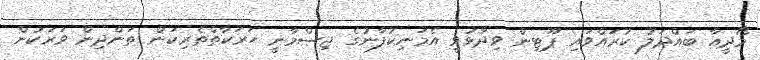
މޯދީއާ ބައްދަލު ކުރައްވައި ޕޫޓިން ވިދާޅުވީ އެމަނިކުފާނުގެ ޖިސްމާނީ ހަރަކާތްތެރިކަން ތަންދިން ވަރަކުން